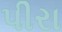
પીરા